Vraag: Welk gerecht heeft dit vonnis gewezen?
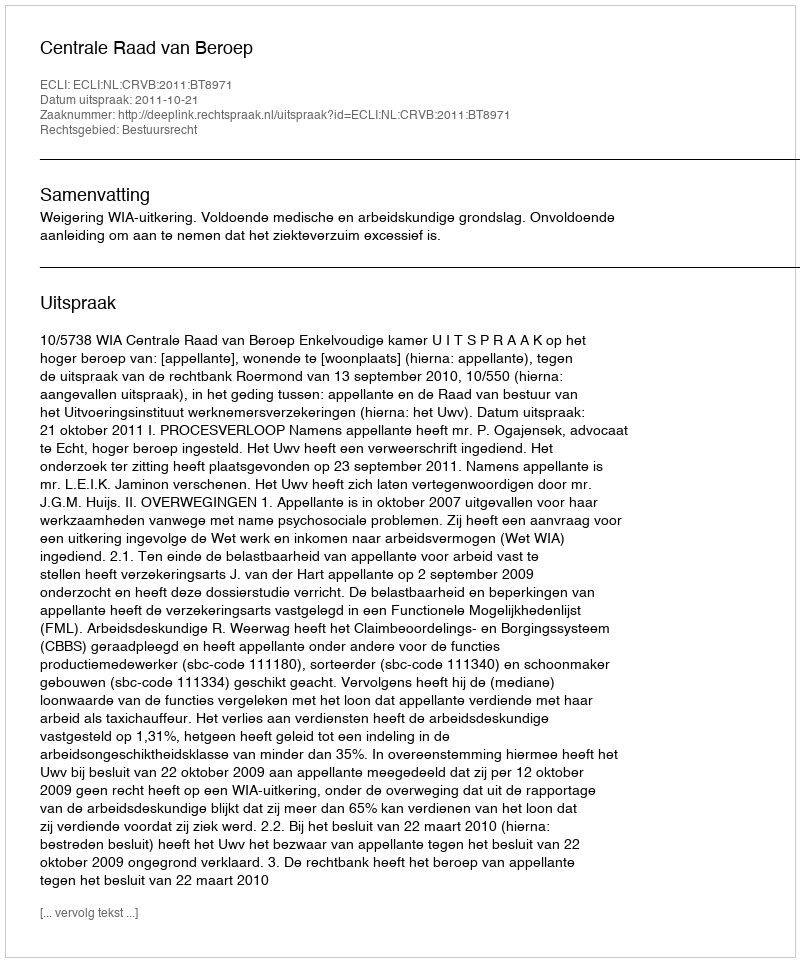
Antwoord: Centrale Raad van Beroep